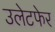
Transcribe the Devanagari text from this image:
उलेटफेर